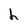
Character: h